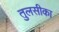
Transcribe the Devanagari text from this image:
तुलसीका